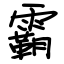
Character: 霸